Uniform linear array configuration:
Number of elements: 64
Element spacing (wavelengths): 0.5
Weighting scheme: cosine
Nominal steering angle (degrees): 60
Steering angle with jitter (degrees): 61.917
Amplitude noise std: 0.05
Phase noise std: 0.05

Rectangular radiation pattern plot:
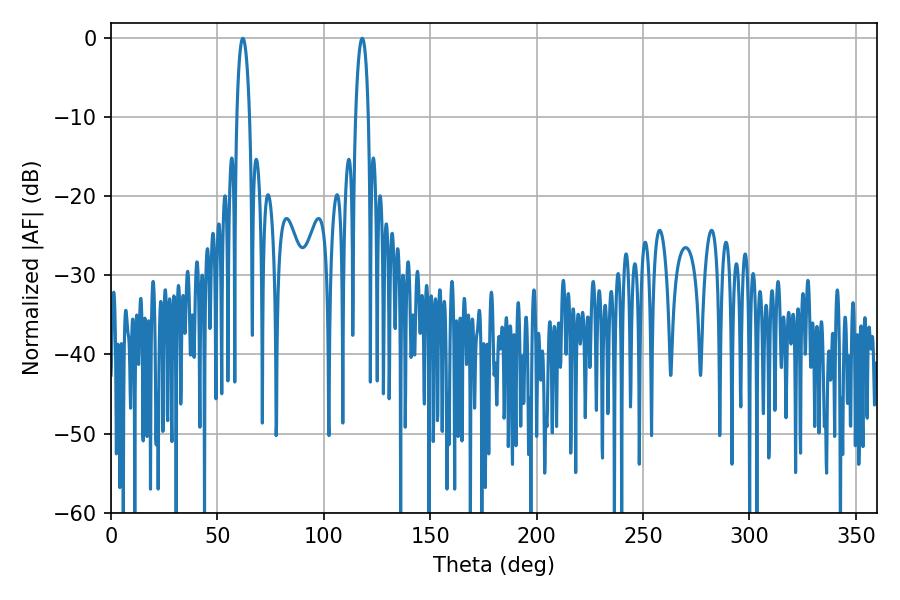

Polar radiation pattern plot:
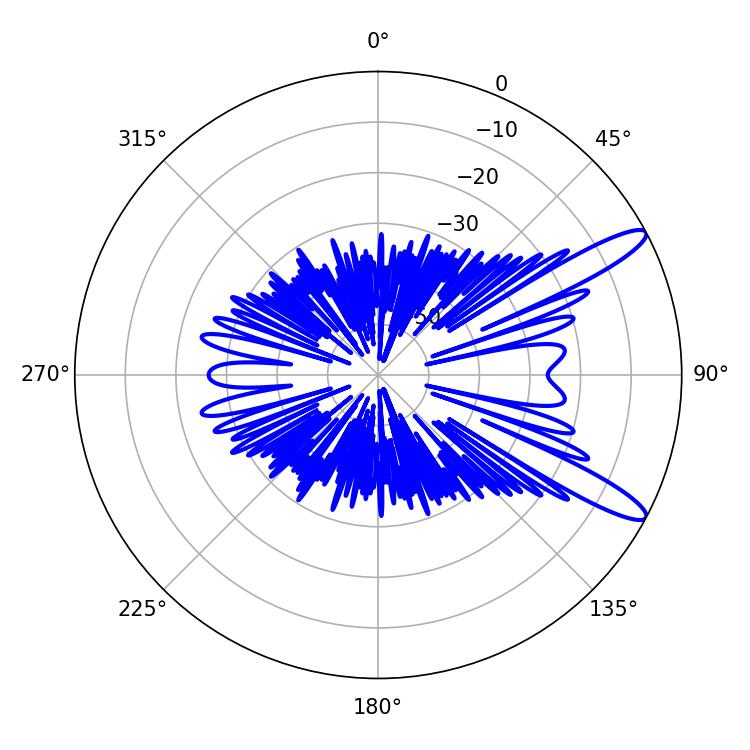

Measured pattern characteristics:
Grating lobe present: FALSE
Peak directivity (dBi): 12.316
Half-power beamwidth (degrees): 3.42
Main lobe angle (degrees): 61.92